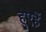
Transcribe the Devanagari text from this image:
हुएहैं